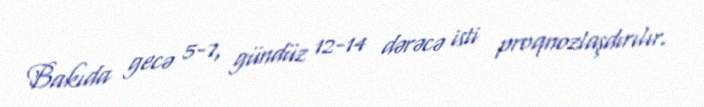
Bakıda gecə 5-7, gündüz 12-14 dərəcə isti proqnozlaşdırılır.